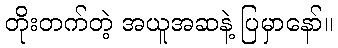
တိုးတက်တဲ့ အယူအဆနဲ့ ပြမှာနော်။